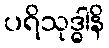
ပရိသုဒ္ဓါနိ